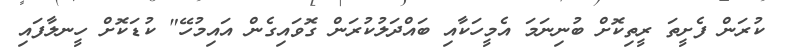
ކުރަން ފެށީތަ ރީތިކޮށް ބުނިނަމަ އެމީހަކާއި ބައްދަލުކުރަން ގޮވައިގެން އައިމުހޭ" ކުޑަކޮށް ހީނލާފައި